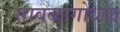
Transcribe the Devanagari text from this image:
सावळागोंधळ